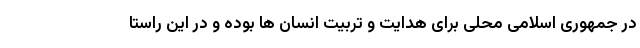
در جمهوری اسلامی محلی برای هدایت و تربیت انسان ها بوده و در این راستا